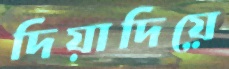
দিয়াদিয়ে